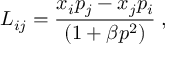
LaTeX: L _ { i j } = \frac { x _ { i } p _ { j } - x _ { j } p _ { i } } { ( 1 + \beta p ^ { 2 } ) } \; ,